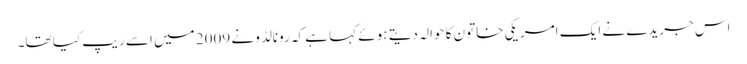
اس جریدے نے ایک امریکی خاتون کا حوالہ دیتے ہوئے کہا ہے کہ رونالڈو نے 2009 میں اسے ریپ کیا تھا۔